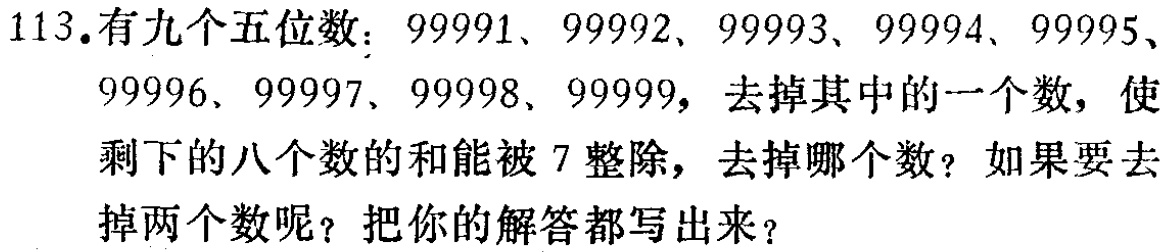
113.有九个五位数：99991、99992、99993、99994、99995、99996、99997、99998、99999，去掉其中的一个数，使剩下的八个数的和能被7整除，去掉哪个数？如果要去掉两个数呢？把你的解答都写出来？